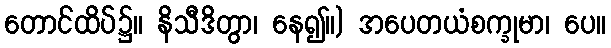
တောင်ထိပ်၌။ နိသီဒိတွာ၊ နေ၍။) အပေတယံစက္ခုမာ၊ ပေ။